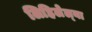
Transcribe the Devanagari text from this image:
लिहिलेल्‍या